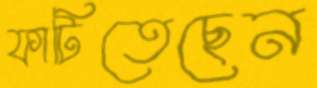
ফাটিতেছেন